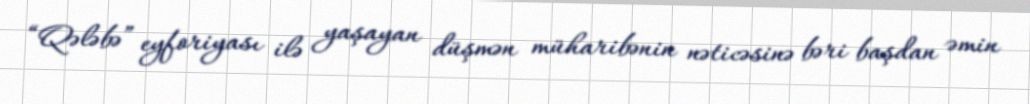
“Qələbə” eyforiyası ilə yaşayan düşmən müharibənin nəticəsinə bəri başdan əmin